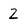
Character: 2